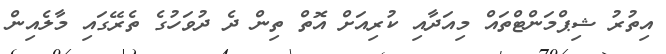
އިތުރު ޝިޕްމަންޓްތައް މިއަދާއި ކުރިއަށް އޮތް ތިން ދެ ދުވަހުގެ ތެރޭގައި މާލެއިން